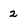
Character: 2